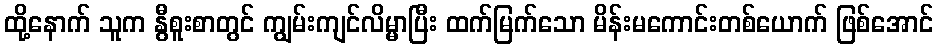
ထို့နောက် သူက နွီစူးစာတွင် ကျွမ်းကျင်လိမ္မာပြီး ထက်မြက်သော မိန်းမကောင်းတစ်ယောက် ဖြစ်အောင်